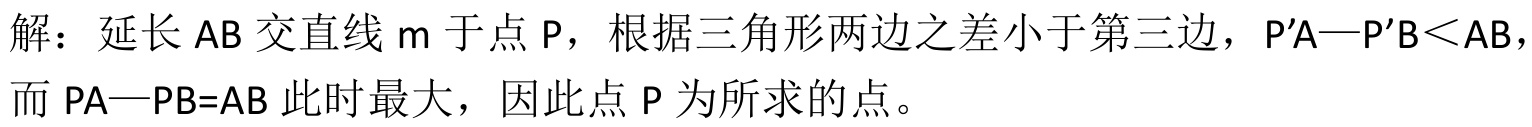
解：延长 \(AB\) 交直线 \(m\) 于点 \(P\)，根据三角形两边之差小于第三边，\(P'A—P'B<AB\)，而 \(PA—PB = AB\) 此时最大，因此点 \(P\) 为所求的点。